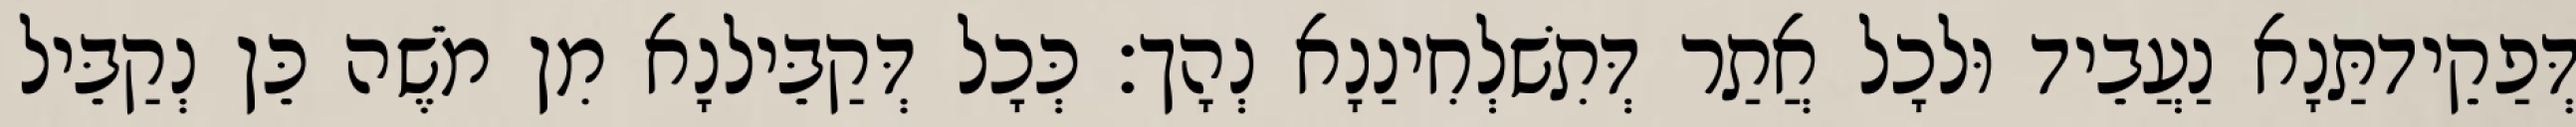
דְּפַקֵידתַּנָא נַעֲבֵיד וּלכָל אֲתַר דְּתִשׁלְחִינַנָא נְהָך׃ כְּכָל דְּקַבֵּילנָא מִן מֹשֶׁה כֵּן נְקַבֵּיל